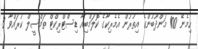
ހިމެނޭ 100 މަންދޫބުންގެ އިތުރުން އެމެރިކާގެ ކޮލަމްބިއާ ޑިސްޓްރިކްޓް ތަމްސީލް ކުރައްވާ 3